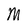
Character: M